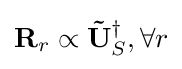
\mathbf {R} _{r}\propto \mathbf {\tilde {U}} _{S}^{\dagger },\forall {r}